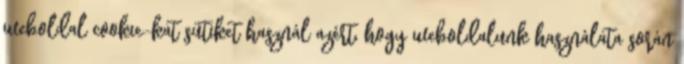
weboldal cookie-kat sütiket használ azért, hogy weboldalunk használata során